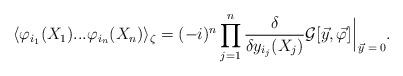
LaTeX: \begin{align*}\langle \varphi_{i_1} (X_1) ... \varphi_{i_n} (X_n) \rangle_\zeta = (- i)^n \prod_{j = 1}^n \frac{\delta}{\delta y_{i_j} (X_j)} {\cal G} [\vec{y}, \vec{\varphi}] \, \rule[-3mm]{.14mm}{8.5mm} \raisebox{-2.85mm}{\scriptsize{$\; \vec{y} = 0$}} .\end{align*}